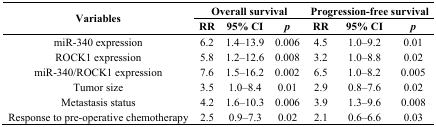
<table><thead><tr><td rowspan="3"><b>Variables</b></td><td colspan="3"><b>Overall survival</b></td><td colspan="3"><b>Progression-free survival</b></td></tr><tr><td><b>RR</b></td><td><b>95% CI</b></td><td><b><i>p</i></b></td><td><b>RR</b></td><td><b>95% CI</b></td><td><b><i>p</i></b></td></tr></thead><tbody><tr><td>miR-340 expression</td><td>6.2</td><td>1.4–13.9</td><td>0.006</td><td>4.5</td><td>1.0–9.2</td><td>0.01</td></tr><tr><td>ROCK1 expression</td><td>5.8</td><td>1.2–12.6</td><td>0.008</td><td>3.2</td><td>1.0–8.8</td><td>0.02</td></tr><tr><td>miR-340/ROCK1 expression</td><td>7.6</td><td>1.5–16.2</td><td>0.002</td><td>6.5</td><td>1.0–8.2</td><td>0.005</td></tr><tr><td>Tumor size</td><td>3.5</td><td>1.0–8.4</td><td>0.01</td><td>2.9</td><td>0.8–7.6</td><td>0.02</td></tr><tr><td>Metastasis status</td><td>4.2</td><td>1.6–10.3</td><td>0.006</td><td>3.9</td><td>1.3–9.6</td><td>0.008</td></tr><tr><td>Response to pre-operative chemotherapy</td><td>2.5</td><td>0.9–7.3</td><td>0.02</td><td>2.1</td><td>0.6–6.6</td><td>0.03</td></tr></tbody></table>